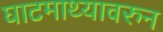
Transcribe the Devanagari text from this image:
घाटमाथ्यावरुन